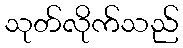
သုတ်လိုက်သည်